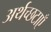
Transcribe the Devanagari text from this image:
अर्थच्छटाएँ